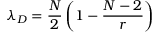
\lambda _ { D } = \frac { N } { 2 } \left( 1 - \frac { N - 2 } { r } \right)